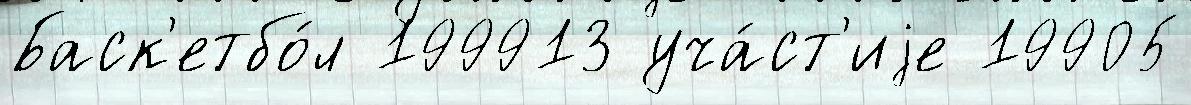
Баск'етбо́л 199913 уча́ст'иjе 19905